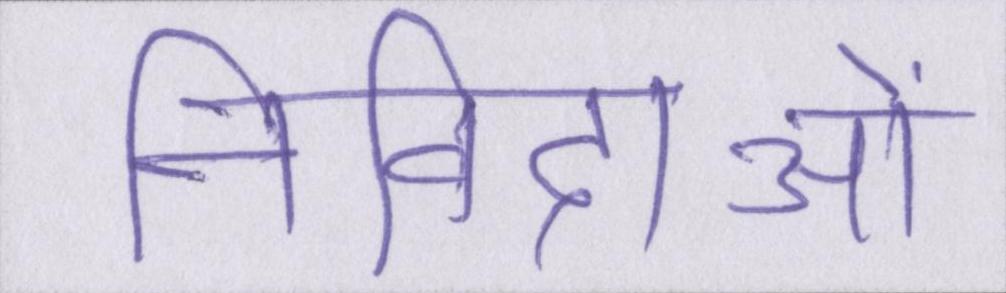
निविदाओं